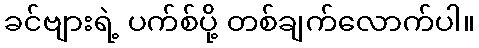
ခင်ဗျားရဲ့ ပက်စ်ပို့ တစ်ချက်လောက်ပါ။